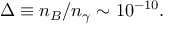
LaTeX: \Delta \equiv n _ { B } / n _ { \gamma } \sim 1 0 ^ { - 1 0 } .